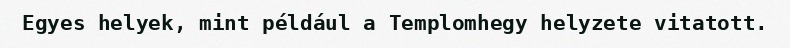
Egyes helyek, mint például a Templomhegy helyzete vitatott.